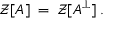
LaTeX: { \mathcal Z } [ A ] \; = \; { \mathcal Z } [ A ^ { \perp } ] \; .